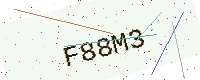
Text: F88M3